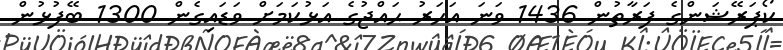
ކޯޕަރޭޝަންގެ ފަރާތުން 1436 ވަނަ އަހަރު ޙައްޖުގެ އަޅުކަމަށް ވަޑައިގެން 1300 ބޭފުޅުން